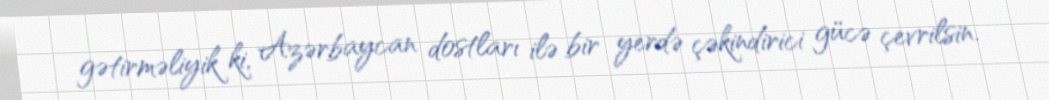
gətirməliyik ki, Azərbaycan dostları ilə bir yerdə çəkindirici gücə çevrilsin.